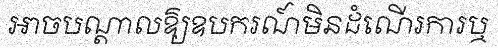
អាចបណ្តាលឱ្យឧបករណ៍មិនដំណើរការឬ